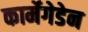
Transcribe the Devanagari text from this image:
कार्मेगेडेन